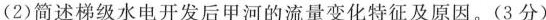
(2)简述梯级水电开发后甲河的流量变化特征及原因。(3分)